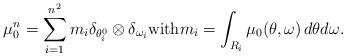
LaTeX: \begin{align*}\mu_0^n = \sum_{i=1}^{n^2} m_i \delta_{\theta_i^0} \otimes \delta_{\omega_i} \mbox{with} m_i = \int_{R_i} \mu_0(\theta,\omega)\,d\theta d\omega.\end{align*}